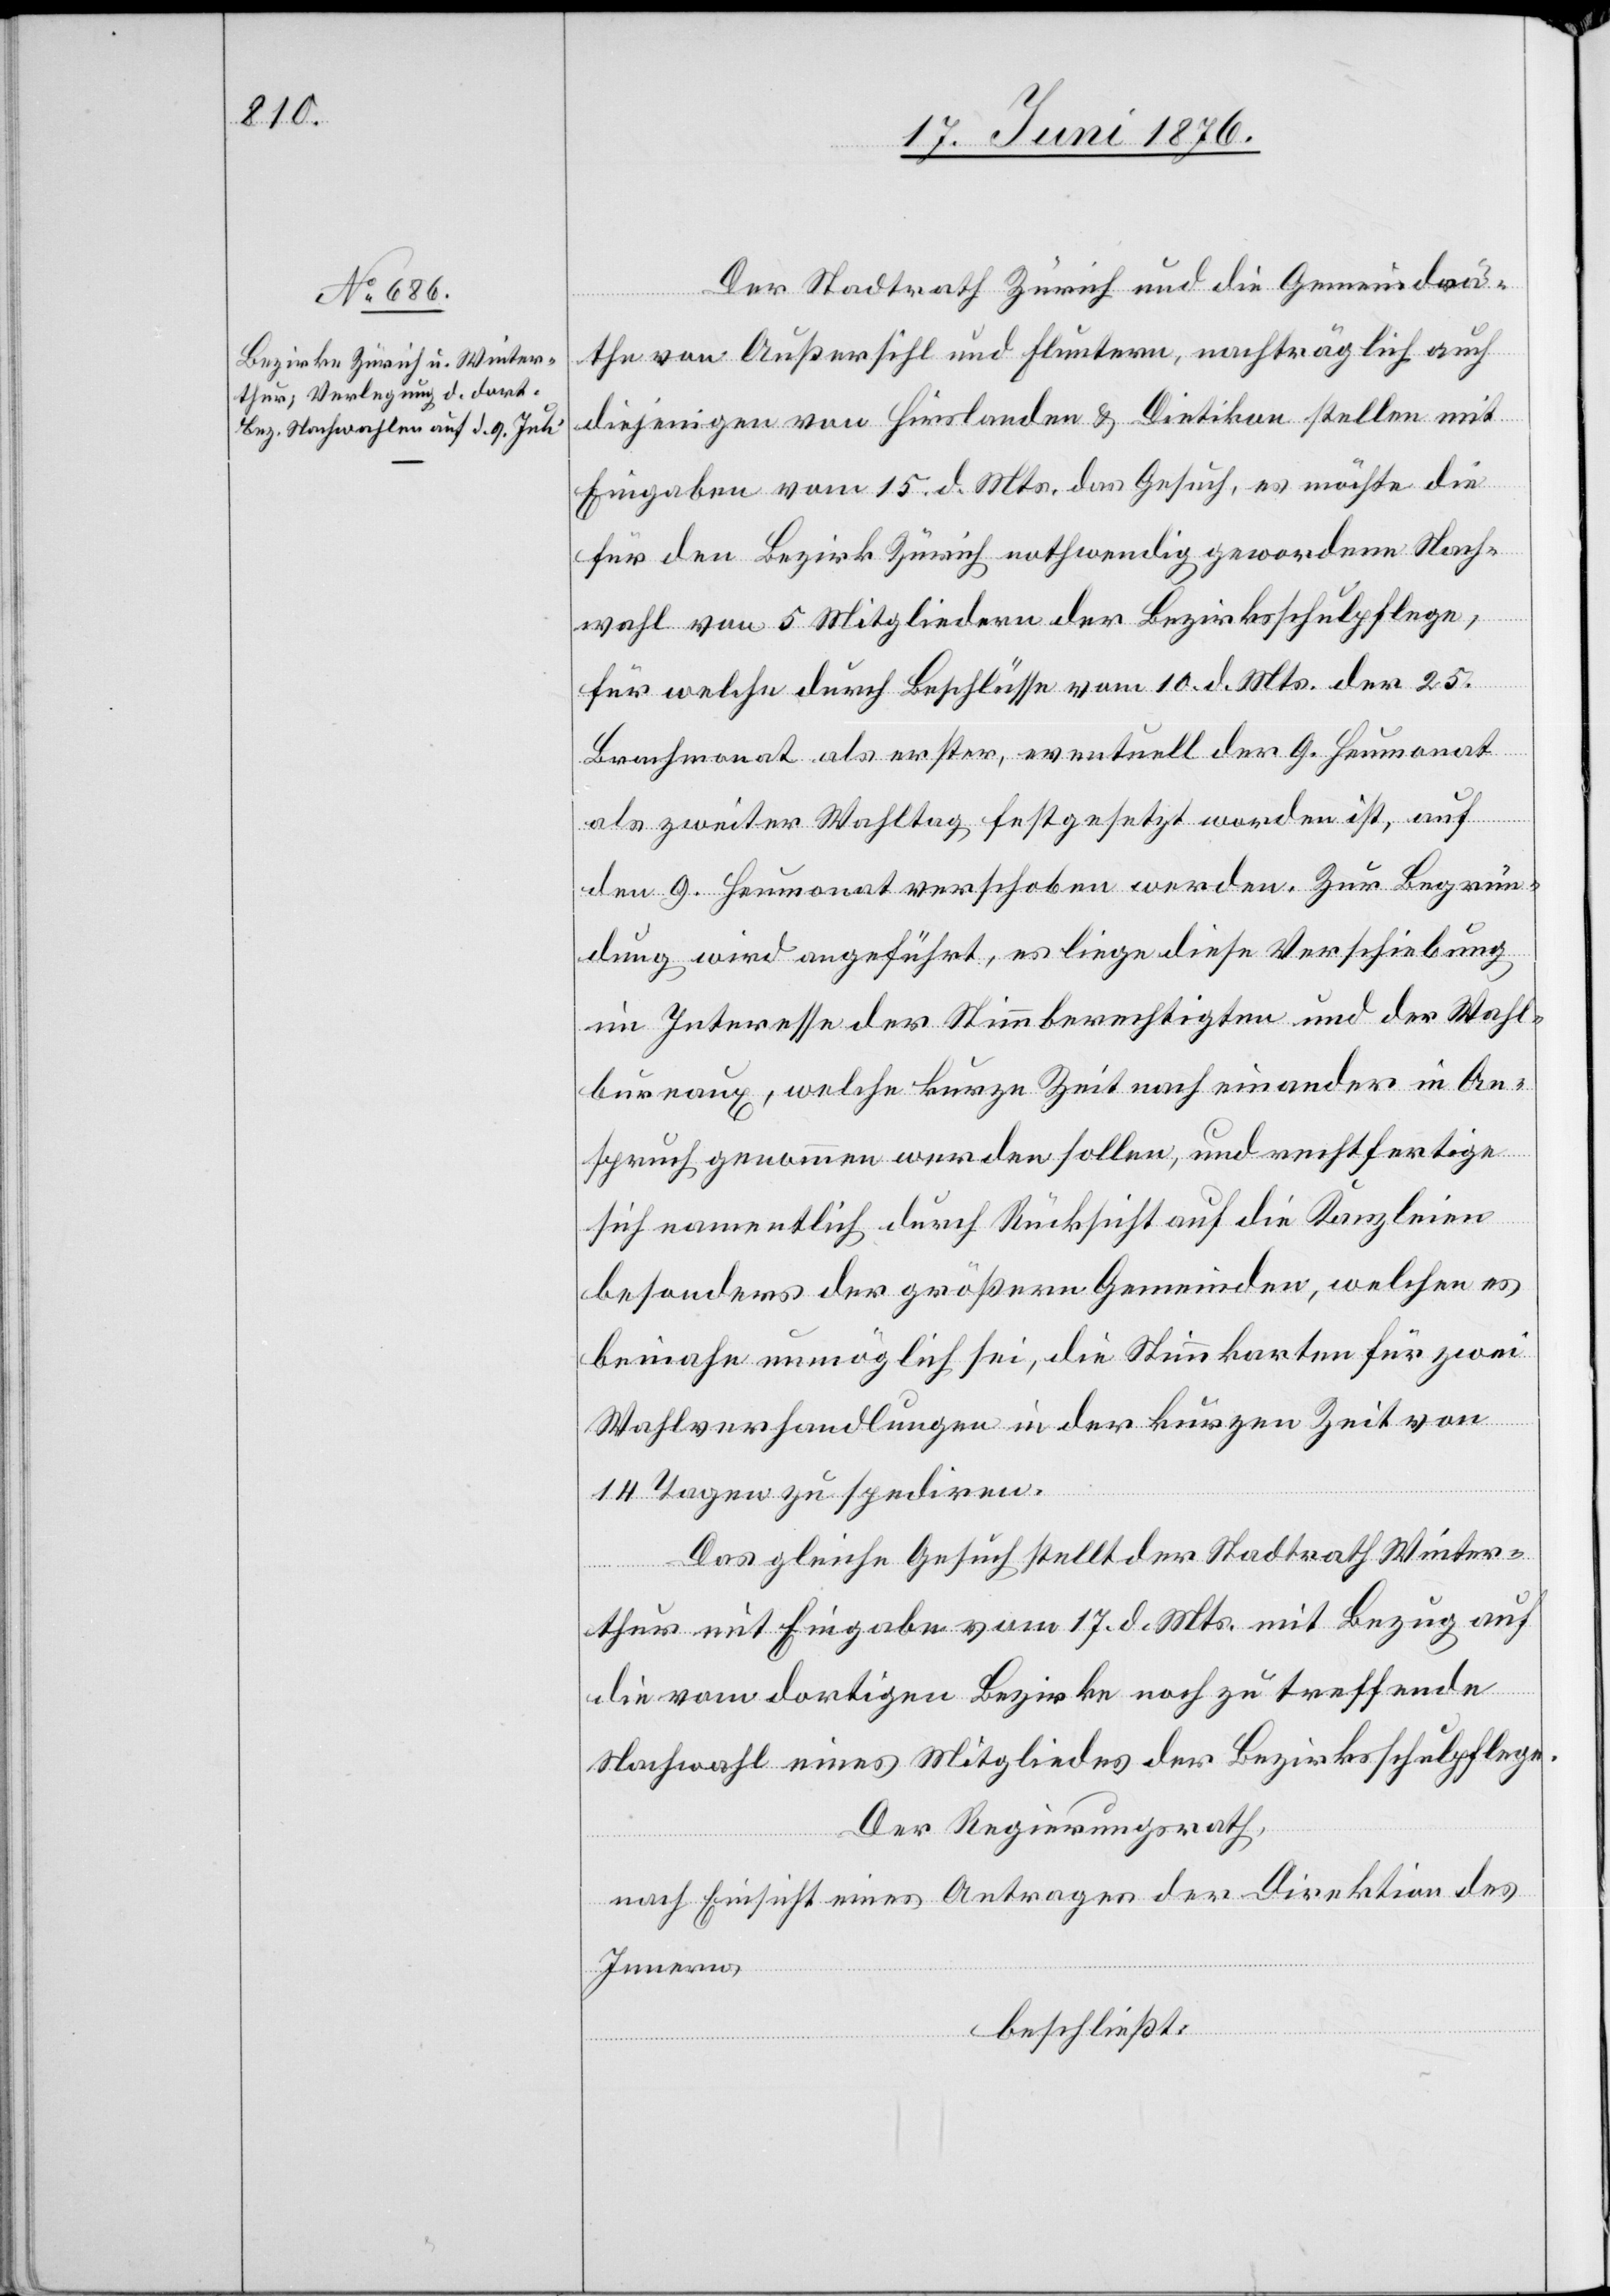
Der Stadtrath Zürich und die Gemeindrä¬
the von Außersihl und Fluntern, nachträglich auch
diejenigen von Hirslanden & Dietikon stellen mit
Eingaben vom 15. d. Mts. das Gesuch, es möchte die
für den Bezirk Zürich nothwendig gewordene Nach¬
wahl von 5 Mitgliedern der Bezirksschulpflege,
für welche durch Beschlüsse vom 10. d. Mts. der 25.
Brachmonat als erster, eventuell der 9. Heumonat
als zweiter Wahltag festgesetzt worden ist, auf
den 9. Heumonat verschoben werden. Zur Begrün¬
dung wird angeführt, es liege diese Verschiebung
im Interesse des Neuberechtigten und der Wahl¬
bureaux, welche kurze Zeit nach einander in An¬
spruch genommen werden sollen, und rechtfertige
sich namentlich durch Rücksicht auf die Kanzleien
besonders der größern Gemeinden, welchen es
beinahe unmöglich sei, die Stimmkarten für zwei
Wahlverhandlungen in der kurzen Zeit von
14 Tagen zu spediren.
Das gleiche Gesuch stellt der Stadtrath Winter¬
thur mit Eingabe vom 17. d. Mts. mit Bezug auf
die vom dortigen Bezirke noch zu treffende
Nachwahl eines Mitgliedes der Bezirksschulpflege.
Der Regierungsrath,
nach Einsicht eines Antrages der Direktion des
Innern,
beschließt: